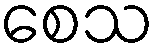
စေသ